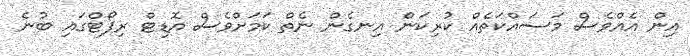
އިން އެއްވެސް މަސައްކަތެއް ކުރިކަން އިނގެން ނެތް ކަމަށްވެސް އޮޑިޓް ރިޕޯޓްގައި ބުނެ